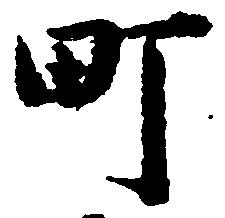
町